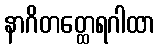
နာဂိတတ္ထေရဂါထာ